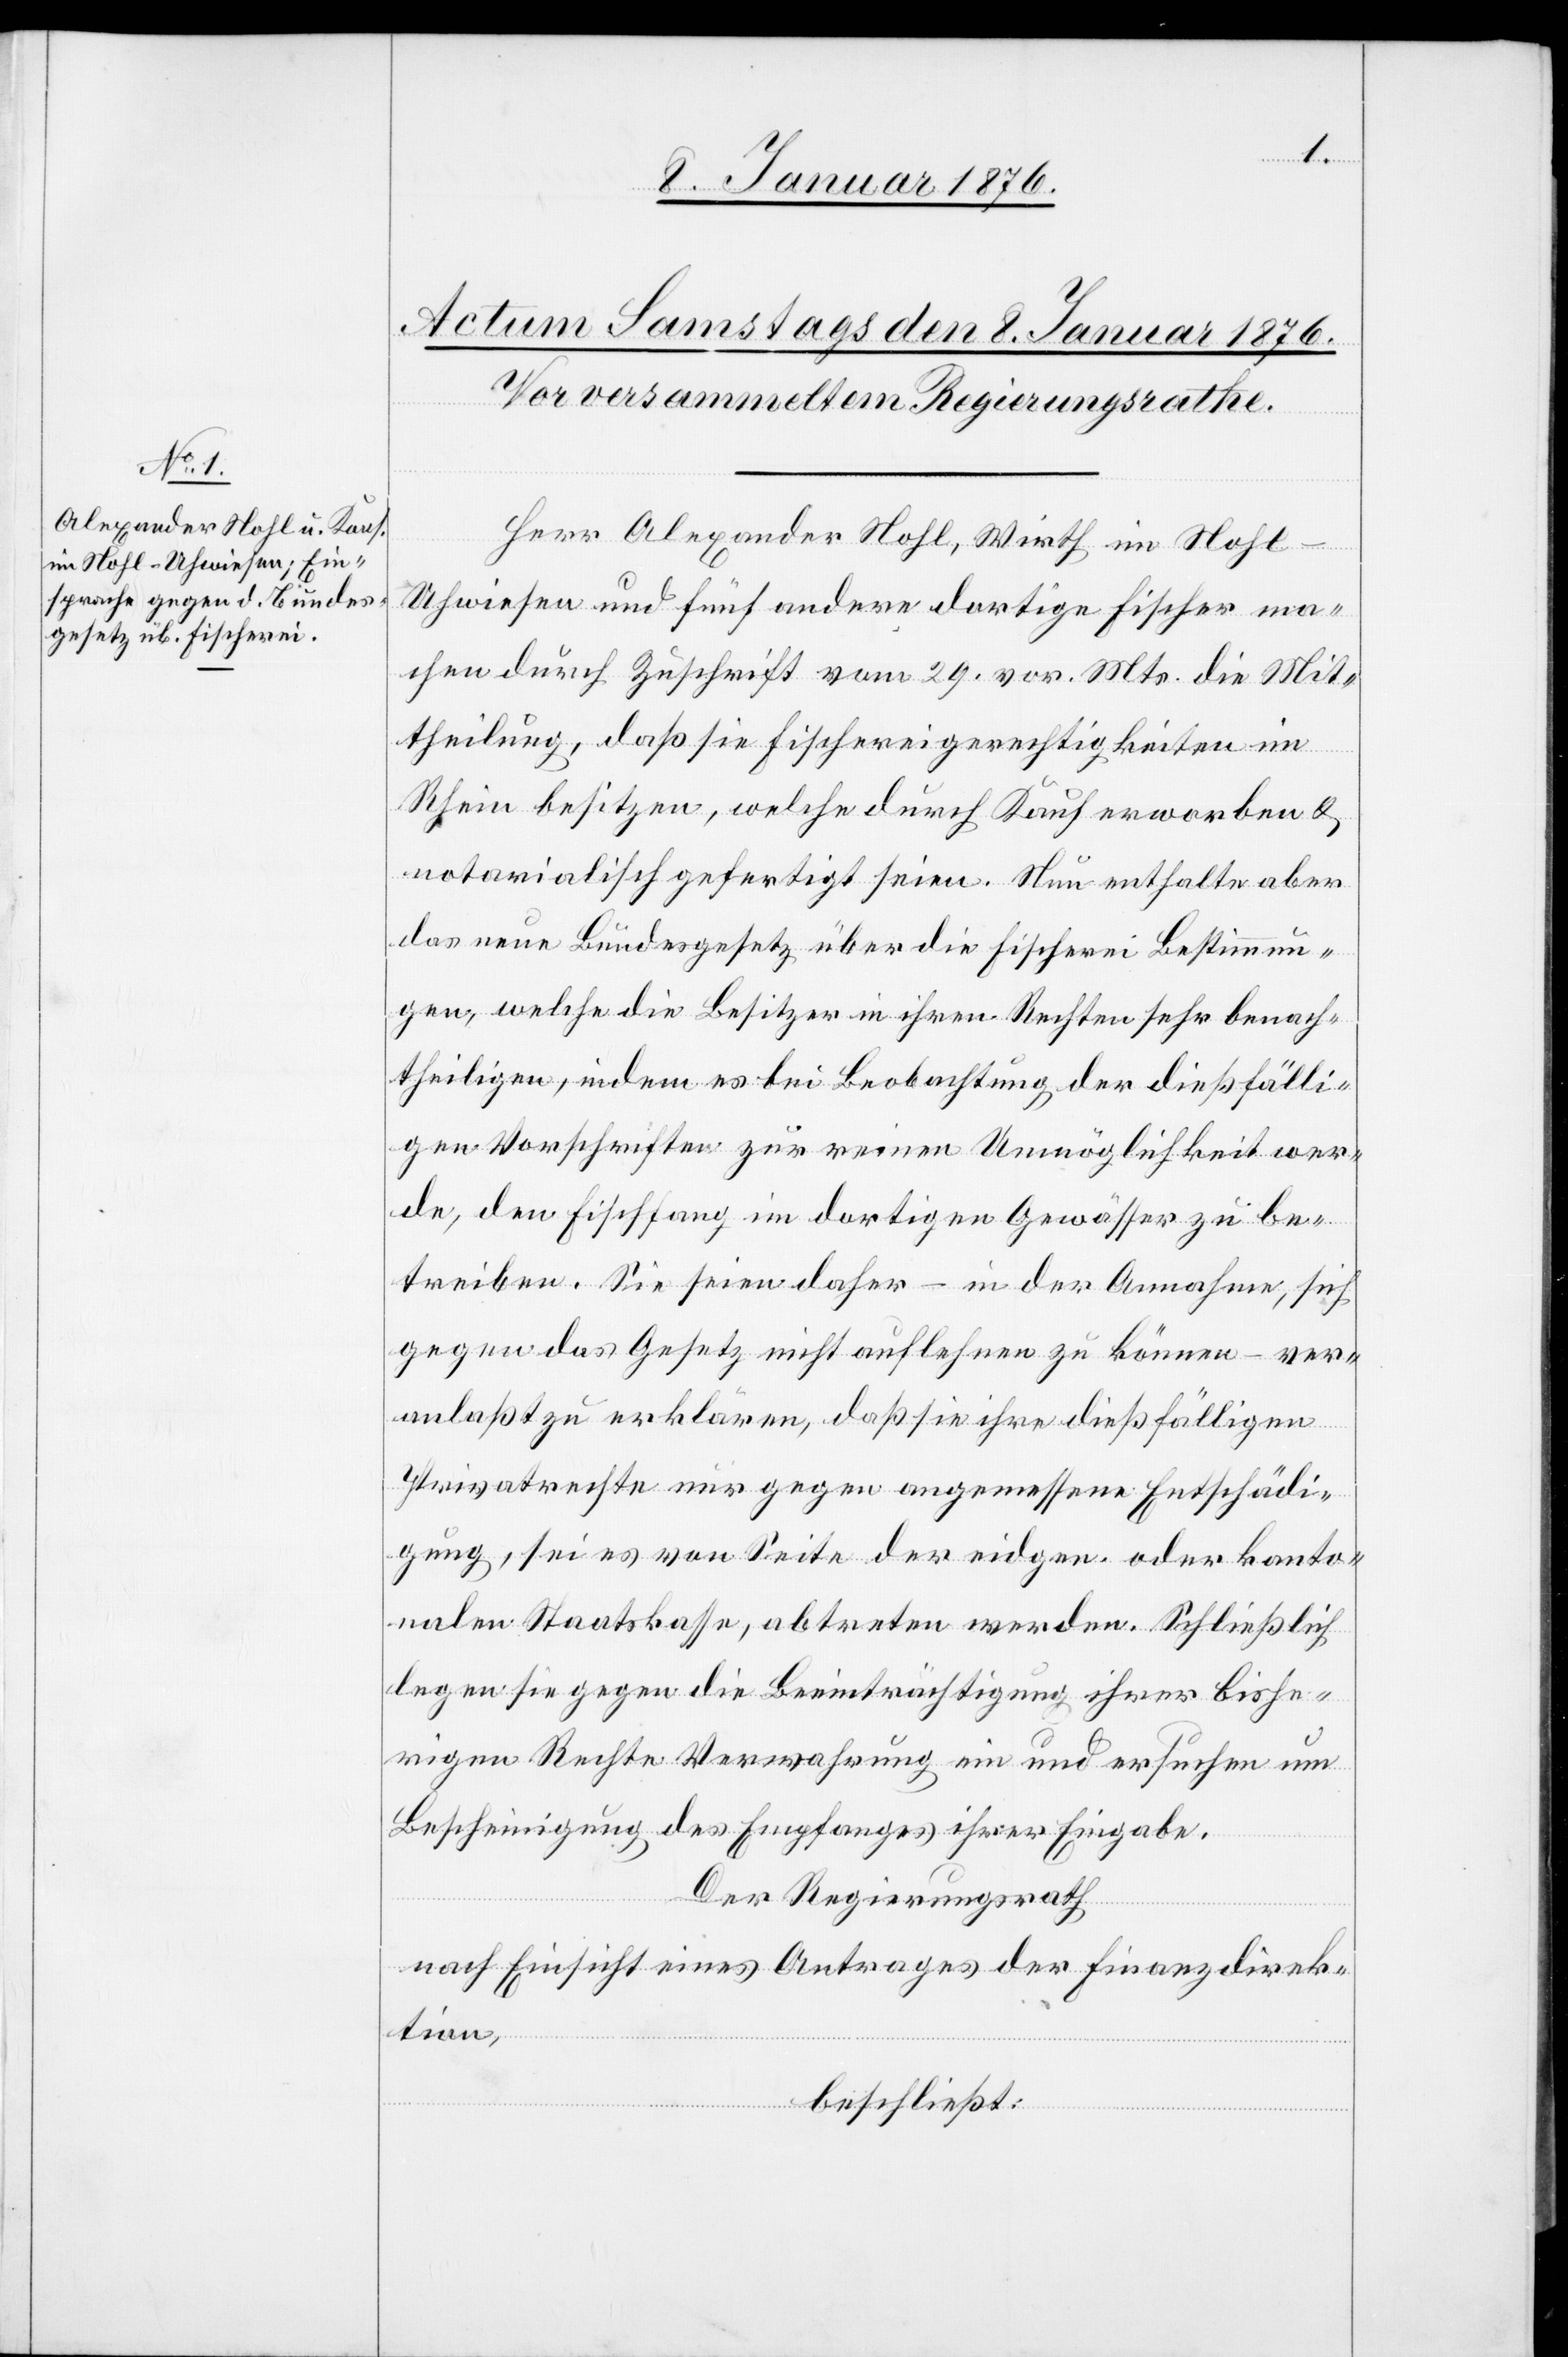
Herr Alexander Nohl, Wirth im Nohl-U¬
hwiesen und fünf andere dortige Fischer ma¬
chen durch Zuschrift vom 29. vor. Mts. die Mit¬
theilung, daß sie Fischereigerechtigkeiten im
Rhein besitzen, welche durch Kauf erworben u.
notarialisch gefertigt seien. Nun enthalte aber
das neue Bundesgesetz über die Fischerei Bestimmun¬
gen, welche die Besitzer in ihren Rechten sehr benach¬
theiligen, indem es bei Beobachtung der dießfälli¬
gen Vorschriften zur reinen Unmöglichkeit wer¬
de, den Fischfang im dortigen Gewässer zu be¬
treiben. Sie seien daher – in der Annahme, sich
gegen das Gesetz nicht auflehnen zu können – ver¬
anlaßt zu erklären, daß sie ihre dießfälligen
Privatrechte nur gegen angemessene Entschädi¬
gung, sei es von Seite der eidgen. oder kanto¬
nalen Staatskasse, abtreten werde. Schließlich
legen sie gegen die Beeinträchtigung ihrer bishe¬
rigen Rechte Verwahrung ein und ersuchen um
Bescheinigung des Empfanges ihrer Eingabe.
Der Regierungsrath
nach Einsicht eines Antrages der Finanzdirek¬
tion,
beschließt: